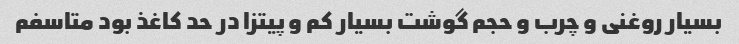
بسیار روغنی و چرب و حجم گوشت بسیار کم و پیتزا در حد کاغذ بود متاسفم